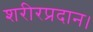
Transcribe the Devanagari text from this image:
शरीरप्रदान।